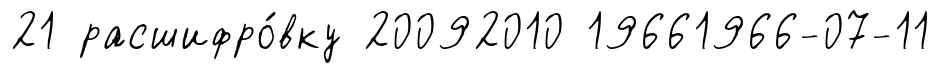
21 расшифро́вку 20092010 19661966-07-11